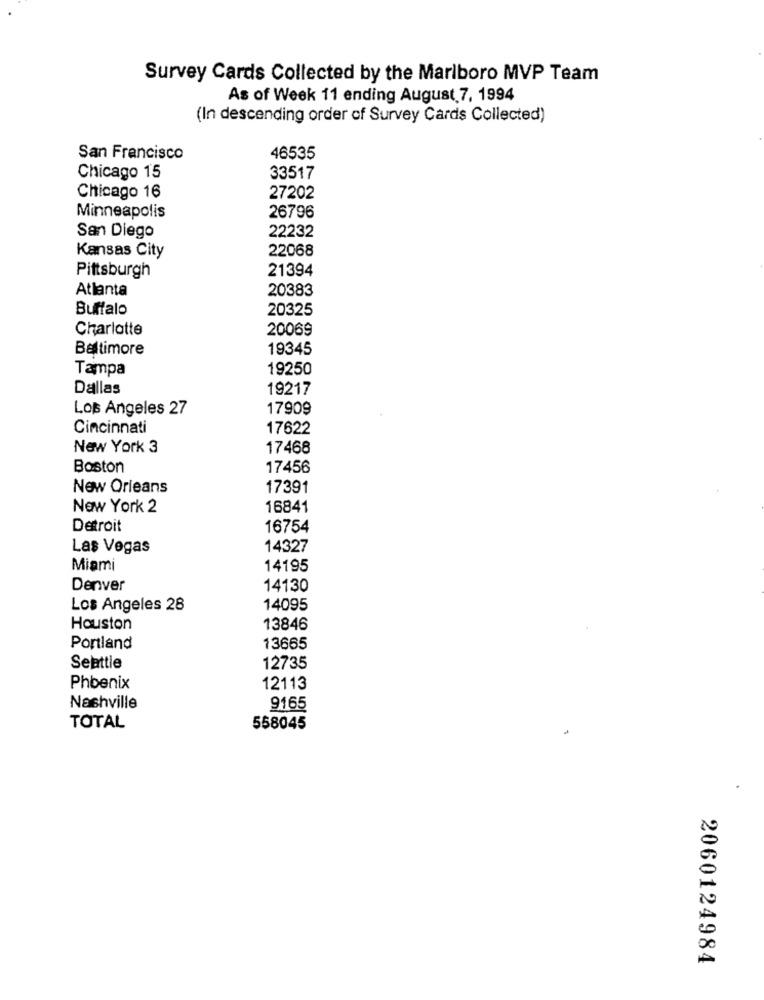
Survey Cards Collected by the Marlboro MVP Team
As of Week 11 ending August 7, 1994
(In descending order of Survey Cards Collected)
San Francisco
46535
Chicago 15
33517
Chicago 16
27202
26796
Minneapolis
22232
San Diego
22068
Kansas City
21394
Pittsburgh
Atlanta
20383
Buffalo
20325
Charlotte
20069
Baltimore
19345
Tampa
19250
Dallas
19217
Los Angeles 27
17909
Cincinnati
17622
New York 3
17468
Boston
17456
New Orleans
17391
New York 2
16841
Detroit
16754
Las Vegas
14327
Miami
14195
Denver
14130
Los Angeles 28
14095
Houston
13846
Portland
13665
Seattle
12735
Phoenix
12113
Nashville
9165
TOTAL
558045
.
10
20
2060124984